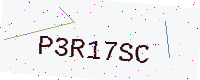
Text: P3R17SC